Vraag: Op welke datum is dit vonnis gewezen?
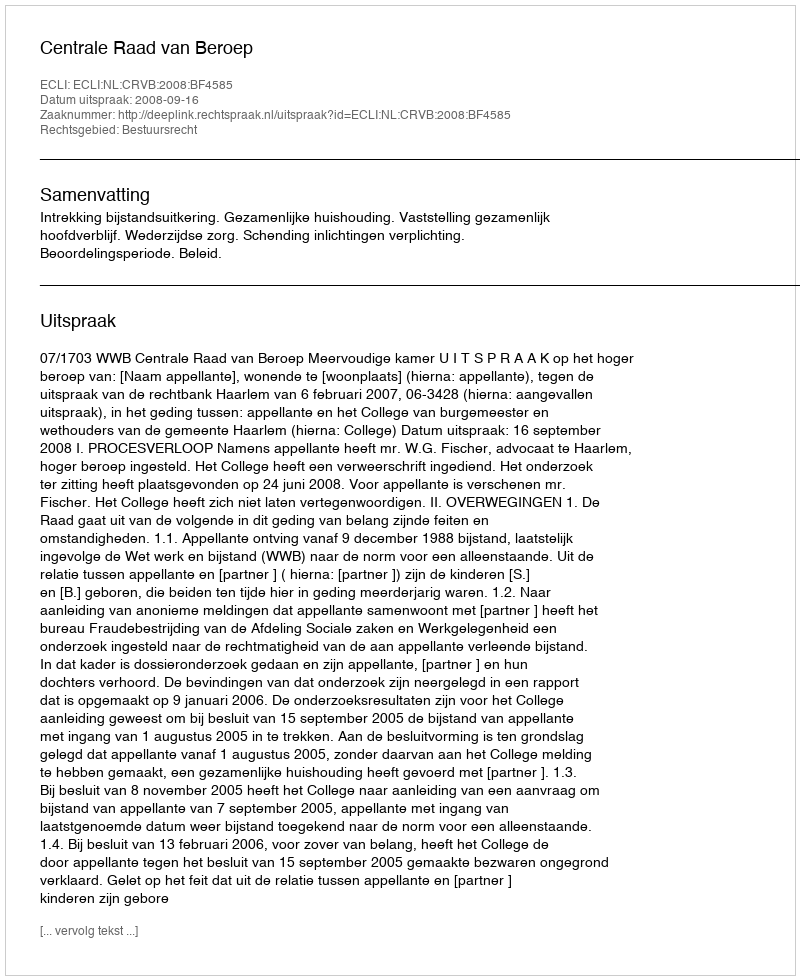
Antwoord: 2008-09-16